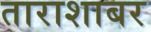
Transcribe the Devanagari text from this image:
ताराशाबर